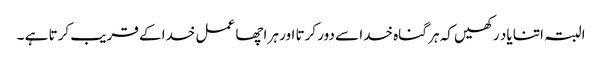
البتہ اتنا یاد رکھیں کہ ہر گناہ خدا سے دور کرتا اور ہر اچھا عمل خدا کے قریب کرتا ہے ۔